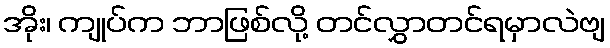
အိုး၊ ကျုပ်က ဘာဖြစ်လို့ တင်လွှာတင်ရမှာလဲဗျ